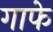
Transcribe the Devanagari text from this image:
गाफे